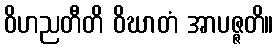
ဝိဟညတီတိ ဝိဃာတံ အာပဇ္ဇတိ။